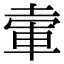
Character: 𡍦